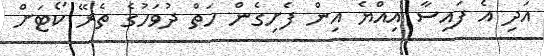
އަދި އެ ފައިސާ އިއްޔެ އިން ފެށިގެން ހަތް ދުވަހުގެ ތެރޭ ކޯޓަށް